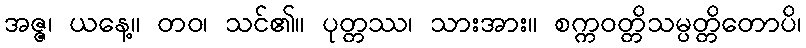
အဇ္ဇ၊ ယနေ့။ တဝ၊ သင်၏။ ပုတ္တဿ၊ သားအား။ စက္ကဝတ္တိသမ္ပတ္တိတောပိ၊